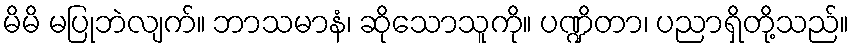
မိမိ မပြုဘဲလျက်။ ဘာသမာနံ၊ ဆိုသောသူကို။ ပဏ္ဍိတာ၊ ပညာရှိတို့သည်။